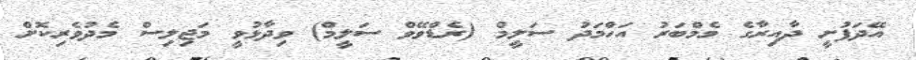
އޭދަފުށީ ދާއިރާގެ މެމްބަރު އަހްމަދު ސަލީމް (ރެޑްވޭވް ސަލީމް) ވިދާޅުވީ މަޖިލިސް މެދުވެރިކޮށް